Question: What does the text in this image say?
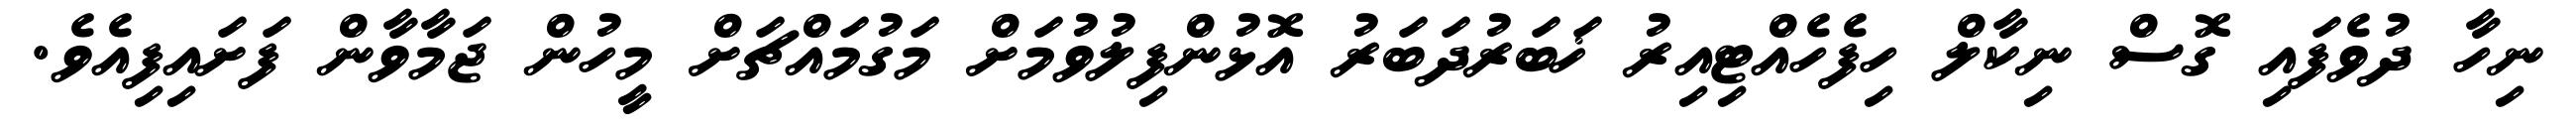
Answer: ނިހާ ދުވެފައި ގޮސް ނިކާލް ހިފެހެއްޓިއިރު ޚަބަރުދަބަރު އޮޅުންފިލުވުމަށް މަގުމައްޗަށް މީހުން ޖަމާވާން ފަށައިފިއެވެ.